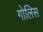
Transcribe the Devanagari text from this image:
गोलिस